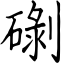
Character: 䃗